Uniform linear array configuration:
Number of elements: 12
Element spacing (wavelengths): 1
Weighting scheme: exponential
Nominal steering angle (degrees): -45
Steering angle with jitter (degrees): -44.518
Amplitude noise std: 0.05
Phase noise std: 0.05

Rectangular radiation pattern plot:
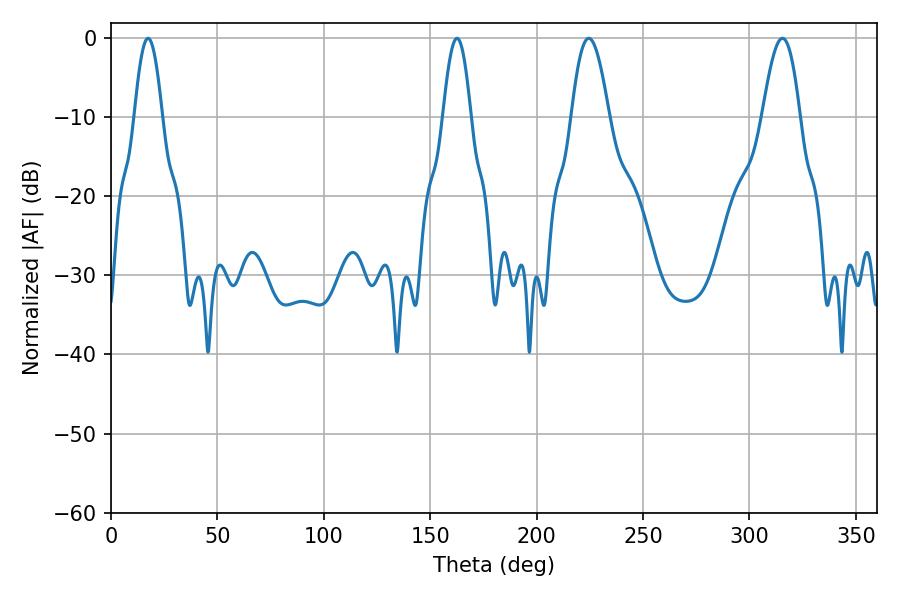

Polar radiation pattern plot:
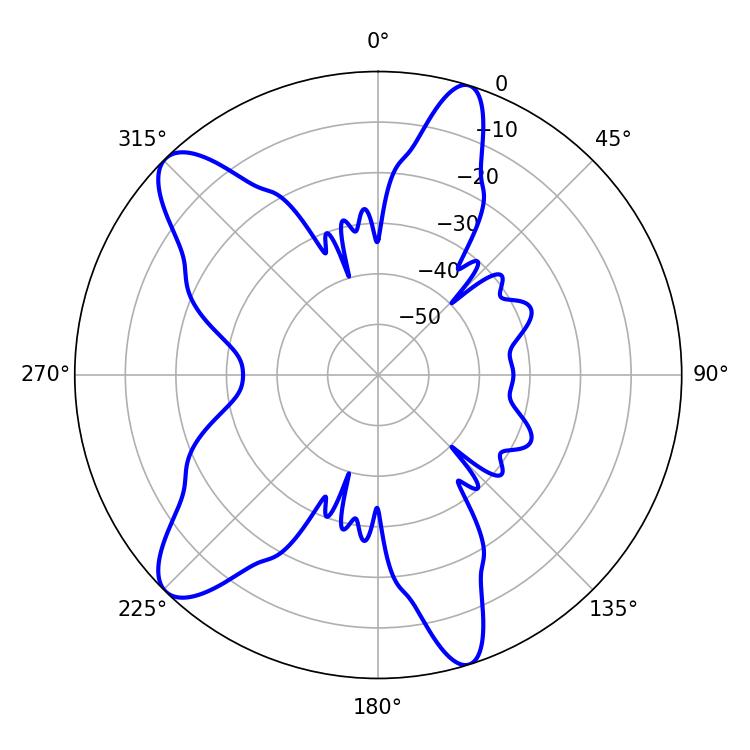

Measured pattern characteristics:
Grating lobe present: TRUE
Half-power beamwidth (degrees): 9.54
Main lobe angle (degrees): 224.46